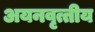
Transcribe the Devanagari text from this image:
अयनवृत्तीय